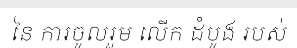
នៃ ការចូលរួម លើក ដំបូង របស់